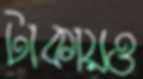
টাকায়ও